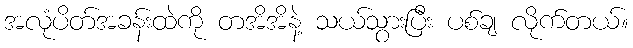
အလုံပိတ်အခန်းထဲကို တအိအိနဲ့ သယ်သွားပြီး ပစ်ချ လိုက်တယ်။